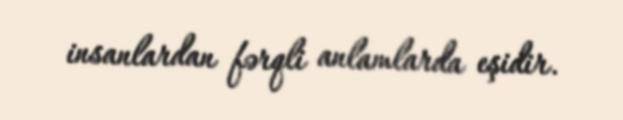
insanlardan fərqli anlamlarda eşidir.